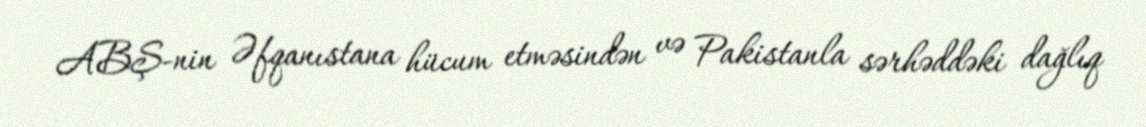
ABŞ-nin Əfqanıstana hücum etməsindən və Pakistanla sərhəddəki dağlıq